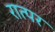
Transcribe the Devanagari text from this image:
रात्पर